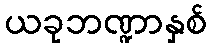
ယခုဘဏ္ဍာနှစ်